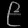
Digit: ၉